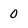
Character: O